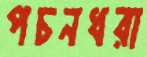
পচনধরা